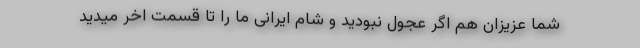
شما عزیزان هم اگر عجول نبودید و شام ایرانی ما را تا قسمت اخر میدید